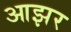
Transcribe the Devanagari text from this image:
आझर